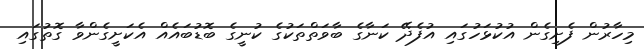
މިހާރުން ފެށިގެން އުކުޅަހުގައި އުފެދޭ ކަނާގެ ބާވަތްތަކުގެ ކުނީގެ ބޮޑުބައެއް އެކަށީގެންވާ ގޮތުގައި